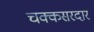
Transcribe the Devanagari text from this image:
चक्कसरदार